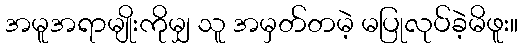
အမူအရာမျိုးကိုမျှ သူ အမှတ်တမဲ့ မပြုလုပ်ခဲ့မိဖူး။